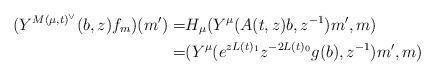
LaTeX: \begin{align*}(Y^{M(\mu,t)^\vee}(b,z)f_m)(m')=&H_\mu(Y^\mu(A(t,z)b,z^{-1})m',m)\\=&(Y^\mu(e^{zL(t)_1}z^{-2L(t)_0}g(b),z^{-1})m',m)\end{align*}